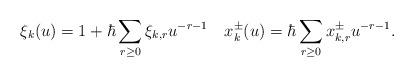
LaTeX: \begin{align*}\xi_{k}(u)=1+\hbar \sum_{r\geq 0} \xi_{k, r} u^{-r-1}\,\ \,\ x_k^{\pm}(u)=\hbar \sum_{r\geq 0} x_{k, r}^{\pm} u^{-r-1}. \end{align*}